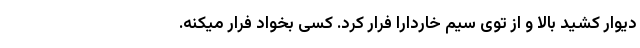
دیوار کشید بالا و از توی سیم خاردارا فرار کرد. کسی بخواد فرار میکنه.